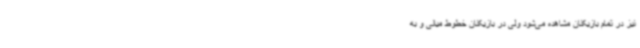
نیز در تمام بازیکنان مشاهده می‌شود ولی در بازیکنان خطوط میانی و به